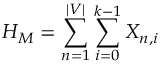
H _ { M } = \sum _ { n = 1 } ^ { | V | } \sum _ { i = 0 } ^ { k - 1 } X _ { n , i }